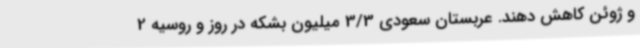
و ژوئن کاهش دهند. عربستان سعودی 3/3 میلیون بشکه در روز و روسیه 2